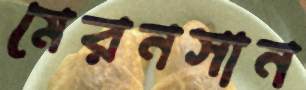
মেরনসান